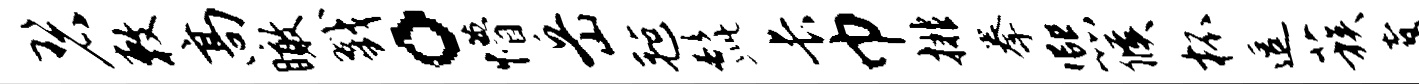
碧敕高瞰戮。懵岳毡髭长巾排拳熙候杯逗蔟翥